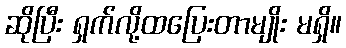
ဆိုပြီး ရှက်လို့ထပြေးတာမျိုး မရှိ။